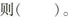
则()。